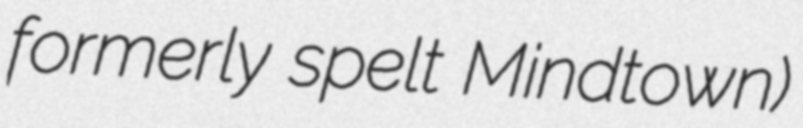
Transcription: formerly spelt Mindtown)